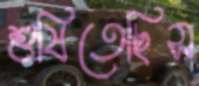
শুষিতেছিস